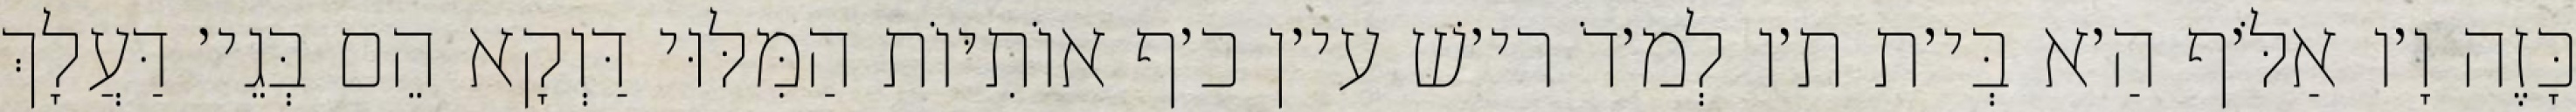
כָּזֶה וָ׳ו אַלֹּ׳ף הַ׳א בְּי׳ת ת׳ו לְמ׳דֹ רי׳שׁ עי׳ן כ׳ף אוֹתִיּוֹת הַמִּלּוּי דַּוְקָא הֵם בְּגֵי׳ דַּעֲלָךְ